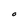
Character: O